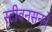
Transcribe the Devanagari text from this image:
स्टीवनसनने